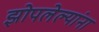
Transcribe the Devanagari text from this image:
झोपलेल्यांना